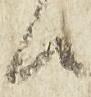
候